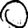
Digit: 0